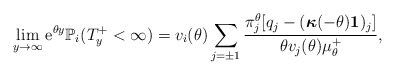
\begin{align*}\lim_{y\to\infty}{\rm e}^{\theta y}\mathbb{P}_i(T_y^+<\infty) = v_i(\theta)\sum_{j = \pm1}\frac{\pi^{\theta}_j[q_j - (\boldsymbol{\kappa}(-\theta)\boldsymbol{1})_j ]}{\theta v_j(\theta)\mu^+_\theta},\end{align*}